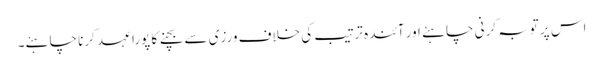
اس پر توبہ کرنی چاہئے اور آئندہ ترتیب کی خلاف ورزی سے بچنے کا پورا عہد کرنا چاہئے۔